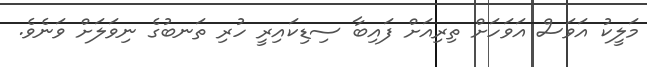
މަލީކު އަވަސް އަވަހަށް ތިރިއަށް ފައިބާ ސިޑިކައިރީ ހުރި ތަނބުގެ ނިވަލަށް ވަނެވެ.